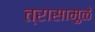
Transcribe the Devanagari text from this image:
त्रासामु़ळे